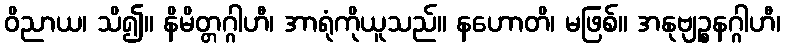
ဝိညာယ၊ သိ၍။ နိမိတ္တဂ္ဂါဟီ၊ အာရုံကိုယူသည်။ နဟောတိ၊ မဖြစ်။ အနုဗျဉ္စနဂ္ဂါဟီ၊